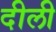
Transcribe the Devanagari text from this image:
दीली